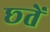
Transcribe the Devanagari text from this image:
छ्तें